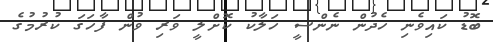
ބޮޑު ކައިވެނި ހެދުން ނެންސީ ހަލާކު ކޮށްލީ ވަރި ވުން ފާހަގަ ކުރުމުގެ